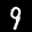
Label: 9